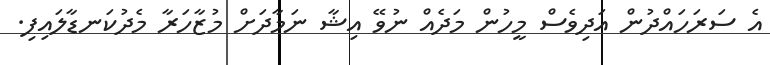
އެ ސަރަހައްދުން އަދިވެސް މީހުން މަދެއް ނުވޭ އިޝާ ނަމާދަށް މުޒާހަރާ މެދުކަނޑާލައިފި.